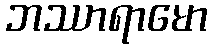
ဘဿာရာမော